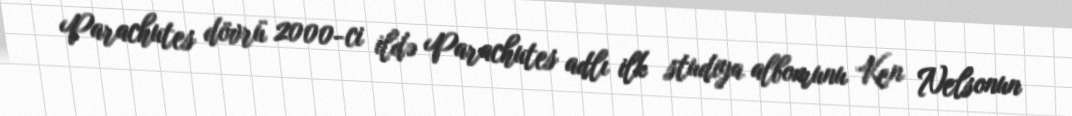
Parachutes dövrü 2000-ci ildə Parachutes adlı ilk studiya albomunu Ken Nelsonun